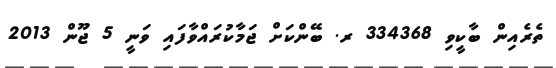
ތެރެއިން ބާކީވި 334368 ރ. ބޭންކަށް ޖަމާކުރައްވާފައި ވަނީ 5 ޖޫން 2013